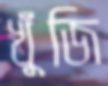
খুঁজি